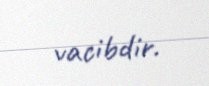
vacibdir.